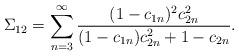
LaTeX: \begin{align*}\Sigma_{12}=\sum_{n=3}^\infty\frac{(1-c_{1n})^2c_{2n}^2}{(1-c_{1n})c_{2n}^2+1-c_{2n}}.\end{align*}